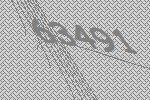
63491